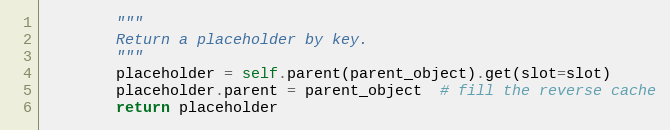
Language: Python
        """
        Return a placeholder by key.
        """
        placeholder = self.parent(parent_object).get(slot=slot)
        placeholder.parent = parent_object  # fill the reverse cache
        return placeholder